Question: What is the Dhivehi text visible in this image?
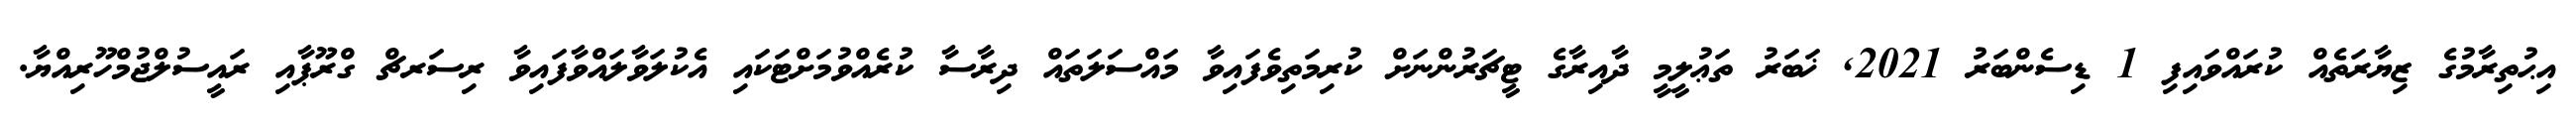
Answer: އިޙުތިރާމުގެ ޒިޔާރަތެއް ކުރައްވައިފި 1 ޑިސެންބަރު 2021, ޚަބަރު ތަޢުލީމީ ދާއިރާގެ ޓީޗަރުންނަށް ކުރިމަތިވެފައިވާ މައްސަލަތައް ދިރާސާ ކުރެއްވުމަށްޓަކައި އެކުލަވާލައްވާފައިވާ ރިސަރޗް ގްރޫޕާއި ރައީސުލްޖުމްހޫރިއްޔާ.